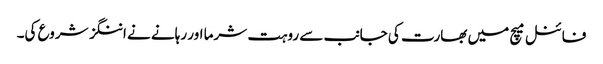
فائنل میچ میں بھارت کی جانب سے روہت شرما اور رہانے نے اننگز شروع کی۔